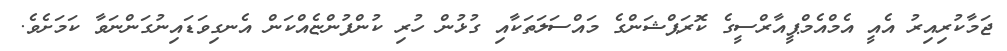
ޖަމާކުރިއިރު އެއީ އެމްއެމްޕީއާރްސީގެ ކޮރަޕްޝަންގެ މައްސަލަތަކާއި ގުޅުން ހުރި ކުންފުންޏެއްކަން އެނގިވަޑައިނުގަންނަވާ ކަމަށެވެ.